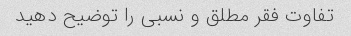
تفاوت فقر مطلق و نسبی را توضیح دهید